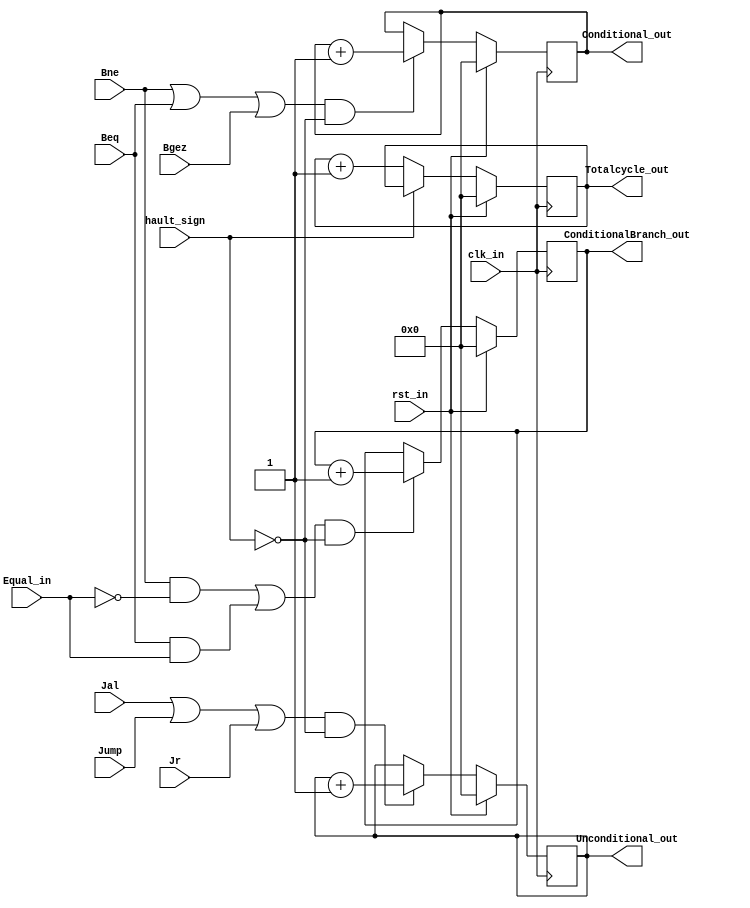
`timescale 1ns / 1ps
/*
writer: liuyuting
input: 
    clk_in : clock frequency, 1 bit
    Jump,Jal... : control instructions, 1 bit
output:
    Conditional_out[31:0]...: instruction statistics
	
*/

module InstructionStas(
    input clk_in,
	input Jump,
	input Jal,
	input Jr,
	input Bne,
	input Beq,
	input Bgez,
    input hault_sign,
	input Equal_in,
//	input Syscall,
	input rst_in,

    output reg [31:0] Conditional_out,
    output reg [31:0] ConditionalBranch_out,
	output reg [31:0] Unconditional_out,
	output reg [31:0] Totalcycle_out
    );
	
	wire Conditional_enable;
	wire ConditionalBranch_enable;
	wire Unconditional_enable;
	
//	assign halt_sign = Equal_in && Syscall;
	assign Conditional_enable = (Bne||Beq||Bgez)&&(~hault_sign);
	assign ConditionalBranch_enable = ((Bne&&(~Equal_in))||(Beq&&Equal_in))&&(~hault_sign);
	assign Unconditional_enable = (Jal||Jump||Jr)&&(~hault_sign);

	initial begin
        Conditional_out <= 0;
		ConditionalBranch_out <= 0;
		Unconditional_out <= 0;
		Totalcycle_out <= 0;
	end

always @(posedge clk_in) 
begin
        if(rst_in)
		begin 
            Conditional_out <= 0;
			ConditionalBranch_out <= 0;
			Unconditional_out <= 0;
			Totalcycle_out <= 0;
		end
        else begin
            if (~hault_sign)
			    Totalcycle_out <= Totalcycle_out + 1;
			if(Conditional_enable)
				Conditional_out <= Conditional_out + 1;
			if(ConditionalBranch_enable)
				ConditionalBranch_out <= ConditionalBranch_out + 1;
			if(Unconditional_enable)
				Unconditional_out <= Unconditional_out + 1;
		end
end

endmodule